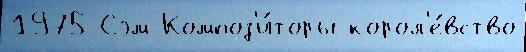
1975 Сэм Композ'и́торы корол'е́вство